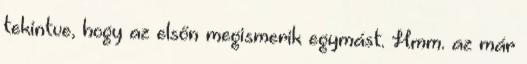
tekintve, hogy az elsőn megismerik egymást. Hmm. az már